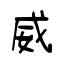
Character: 威